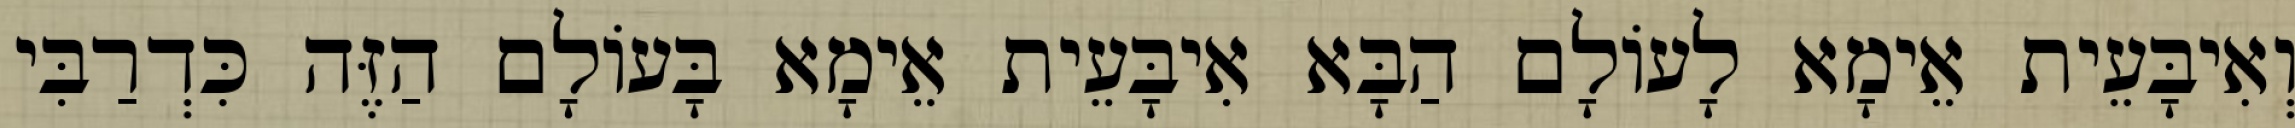
וְאִיבָּעֵית אֵימָא לָעוֹלָם הַבָּא אִיבָּעֵית אֵימָא בָּעוֹלָם הַזֶּה כִּדְרַבִּי